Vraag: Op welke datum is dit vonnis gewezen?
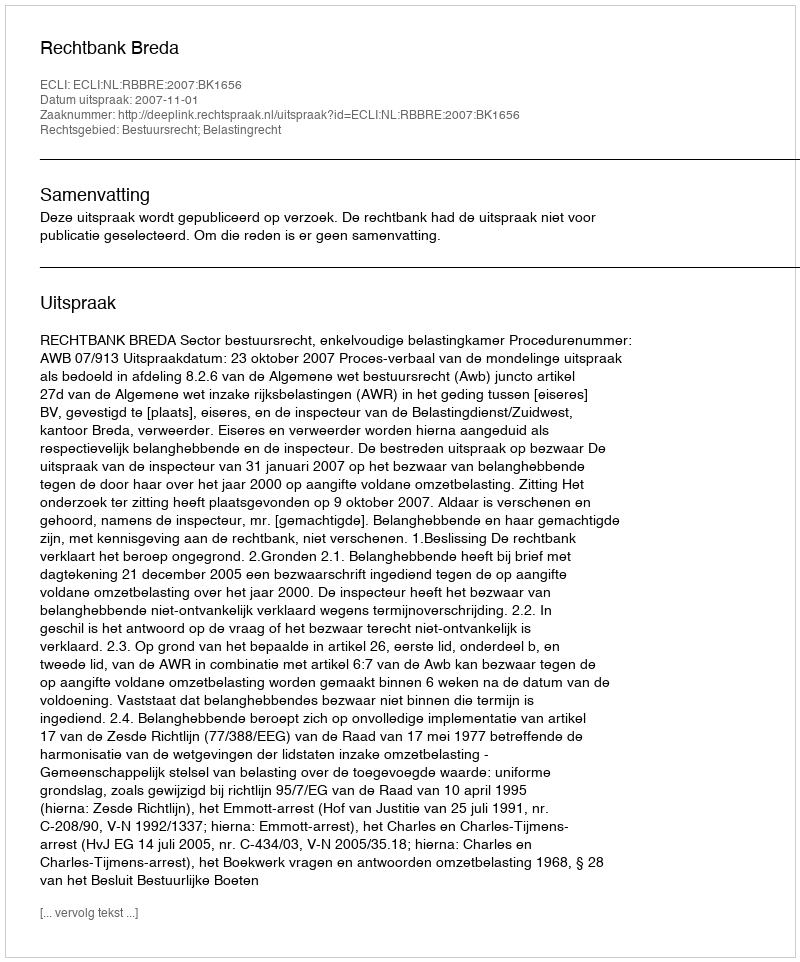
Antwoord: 2007-11-01